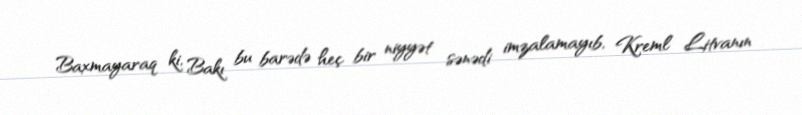
Baxmayaraq ki, Bakı bu barədə heç bir niyyət sənədi imzalamayıb, Kreml Litvanın